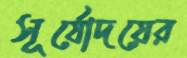
সূর্যোদয়ের